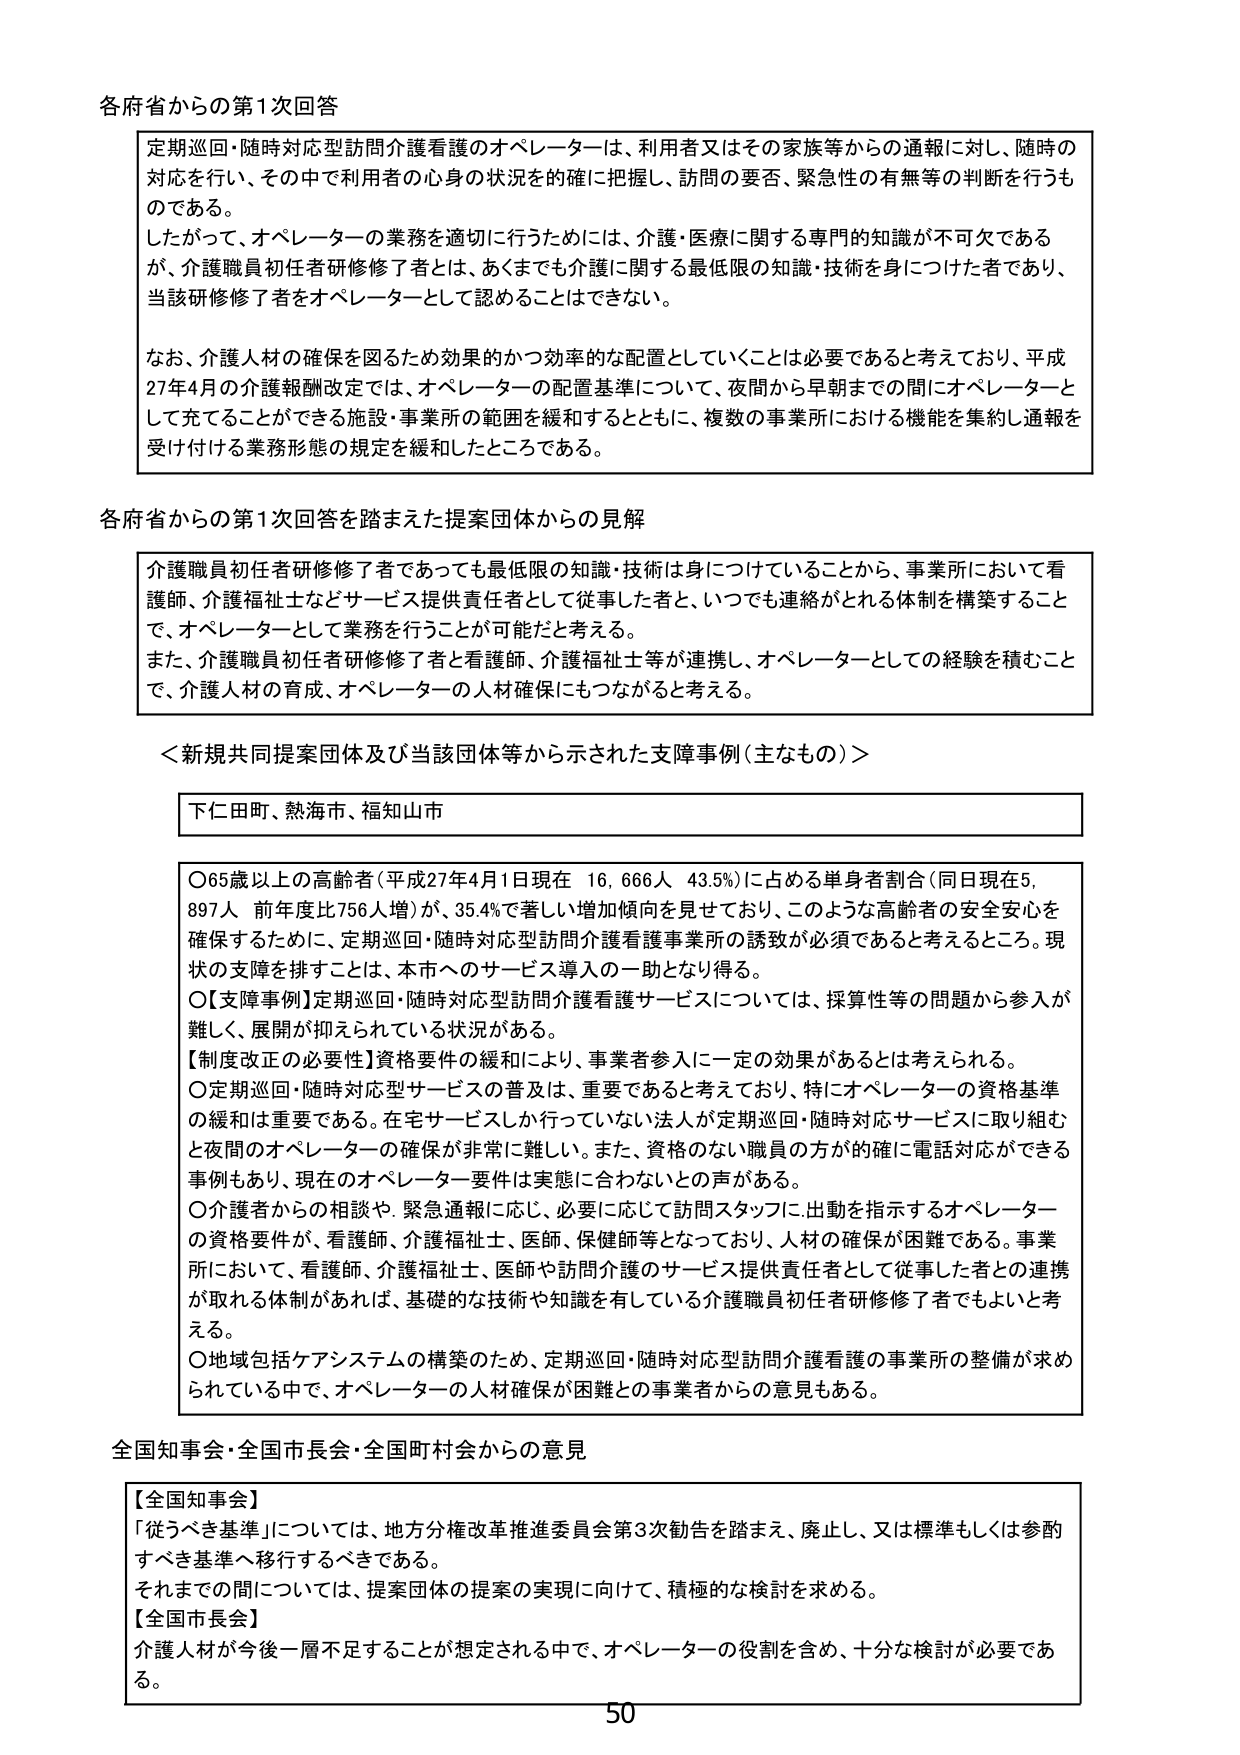
各府省からの第1次回答

定期巡回・随時対応型訪問介護看護のオペレーターは、利用者又はその家族等からの通報に対し、随時の対応を行い、その中で利用者の心身の状況を確に把握し、訪問の要否、緊急性の有無等の判断を行うものである。
したがって、オペレーターの業務を適切に行うためには、介護・医療に関する専門的知識が不可欠であるが、介護職員初任者研修修了者とは、あくまでも介護に関する最低限の知識・技術を身につけた者であり、当該研修修了者をオペレーターとして認めることはできない。

なお、介護人材の確保を図るため効果的かつ効率的な配置をしていくことは必要であると考えており、平成27年4月の介護報酬改定では、オペレーターの配置基準について、夜間から早朝までの間にオペレーターとして充てることができる施設・事業所の範囲を緩和するとともに、複数の事業所における機能を集約し通報を受け付ける業務形態の規定を緩和したところである。

各府省からの第1次回答を踏まえた提案団体からの見解

介護職員初任者研修修了者であっても最低限の知識・技術は身につけていることから、事業所において看護師、介護福祉士などサービス提供責任者として従事した者と、いつでも連絡がとれる体制を構築することで、オペレーターとして業務を行うことが可能だと考える。
また、介護職員初任者研修修了者と看護師、介護福祉士等が連携し、オペレーターとしての経験を積むことで、介護人材の育成、オペレーターの人材確保にもつながると考える。

＜新規共同提案団体及び当該団体等から示された支援事例（主なもの）＞

下仁田町、熱海市、福知山市

○65歳以上の高齢者（平成27年4月1日現在 16,666人 43.5%）に占める単身者割合（同日現在5,897人 前年度比756人増）が、35.4%で著しい増加傾向を見せており、このような高齢者の安全安心を確保するために、定期巡回・随時対応型訪問介護看護事業所の誘致が必須であると考えるところ。現状の支援を排すことは、本市へのサービス導入の一助となり得る。
○【支援事例】定期巡回・随時対応型訪問介護看護サービスについては、採算性等の問題から参入が難しく、展開が抑えられている状況がある。
【制度改正の必要性】資格要件の緩和により、事業者参入に一定の効果があるとは考えられる。
○定期巡回・随時対応型サービスの普及は、重要であると考えており、特にオペレーターの資格基準の緩和は重要である。在宅サービスしか行っていない法人が定期巡回・随時対応サービスに取り組むと夜間のオペレーターの確保が非常に難しい。また、資格のない職員の方が的確に電話対応ができる事例もあり、現在のオペレーター要件は実態に合わないとの声がある。
○介護者からの相談や、緊急通報に応じ、必要に応じて訪問スタッフに出動を指示するオペレーターの資格要件が、看護師、介護福祉士、医師、保健師等となっており、人材の確保が困難である。事業所において、看護師、介護福祉士、医師や訪問介護のサービス提供責任者として従事した者との連携が取れる体制があれば、基礎的な技術や知識を有している介護職員初任者研修修了者でもよいと考える。
○地域包括ケアシステムの構築のため、定期巡回・随時対応型訪問介護看護の事業所の整備が求められている中で、オペレーターの人材確保が困難との事業者からの意見もある。

全国知事会・全国市長会・全国町村会からの意見

【全国知事会】
「従うべき基準」については、地方分権改革推進委員会第3次勧告を踏まえ、廃止し、又は標準もしくは参酌すべき基準へ移行するべきである。
それまでの間については、提案団体の提案の実現に向けて、積極的な検討を求める。
【全国市長会】
介護人材が今後一層不足することが想定される中で、オペレーターの役割を含め、十分な検討が必要である。

50